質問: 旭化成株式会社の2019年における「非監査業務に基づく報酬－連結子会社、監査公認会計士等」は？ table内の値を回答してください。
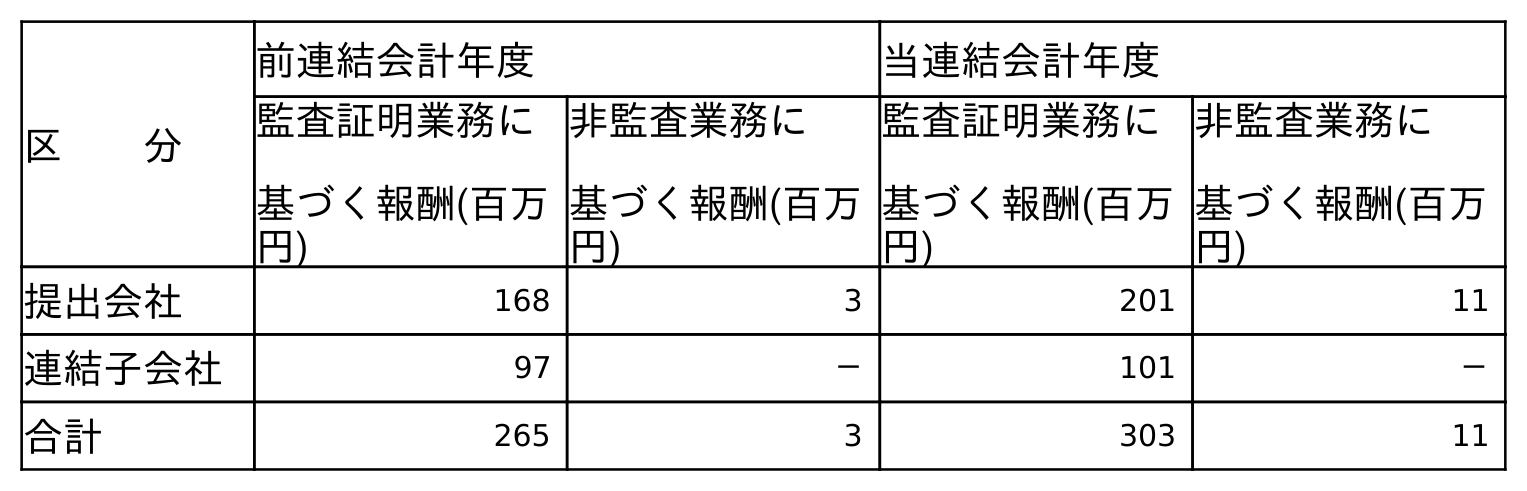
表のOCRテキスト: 区  分 前連結会計年度 当連結会計年度 監査証明業務に 基づく報酬(百万 円) 非監査業務に 基づく報酬(百万 円) 監査証明業務に 基づく報酬(百万 円) 非監査業務に 基づく報酬(百万 円) 提出会社 168 3 201 11 連結子会社 97 － 101 － 合計 265 3 303 11
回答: －